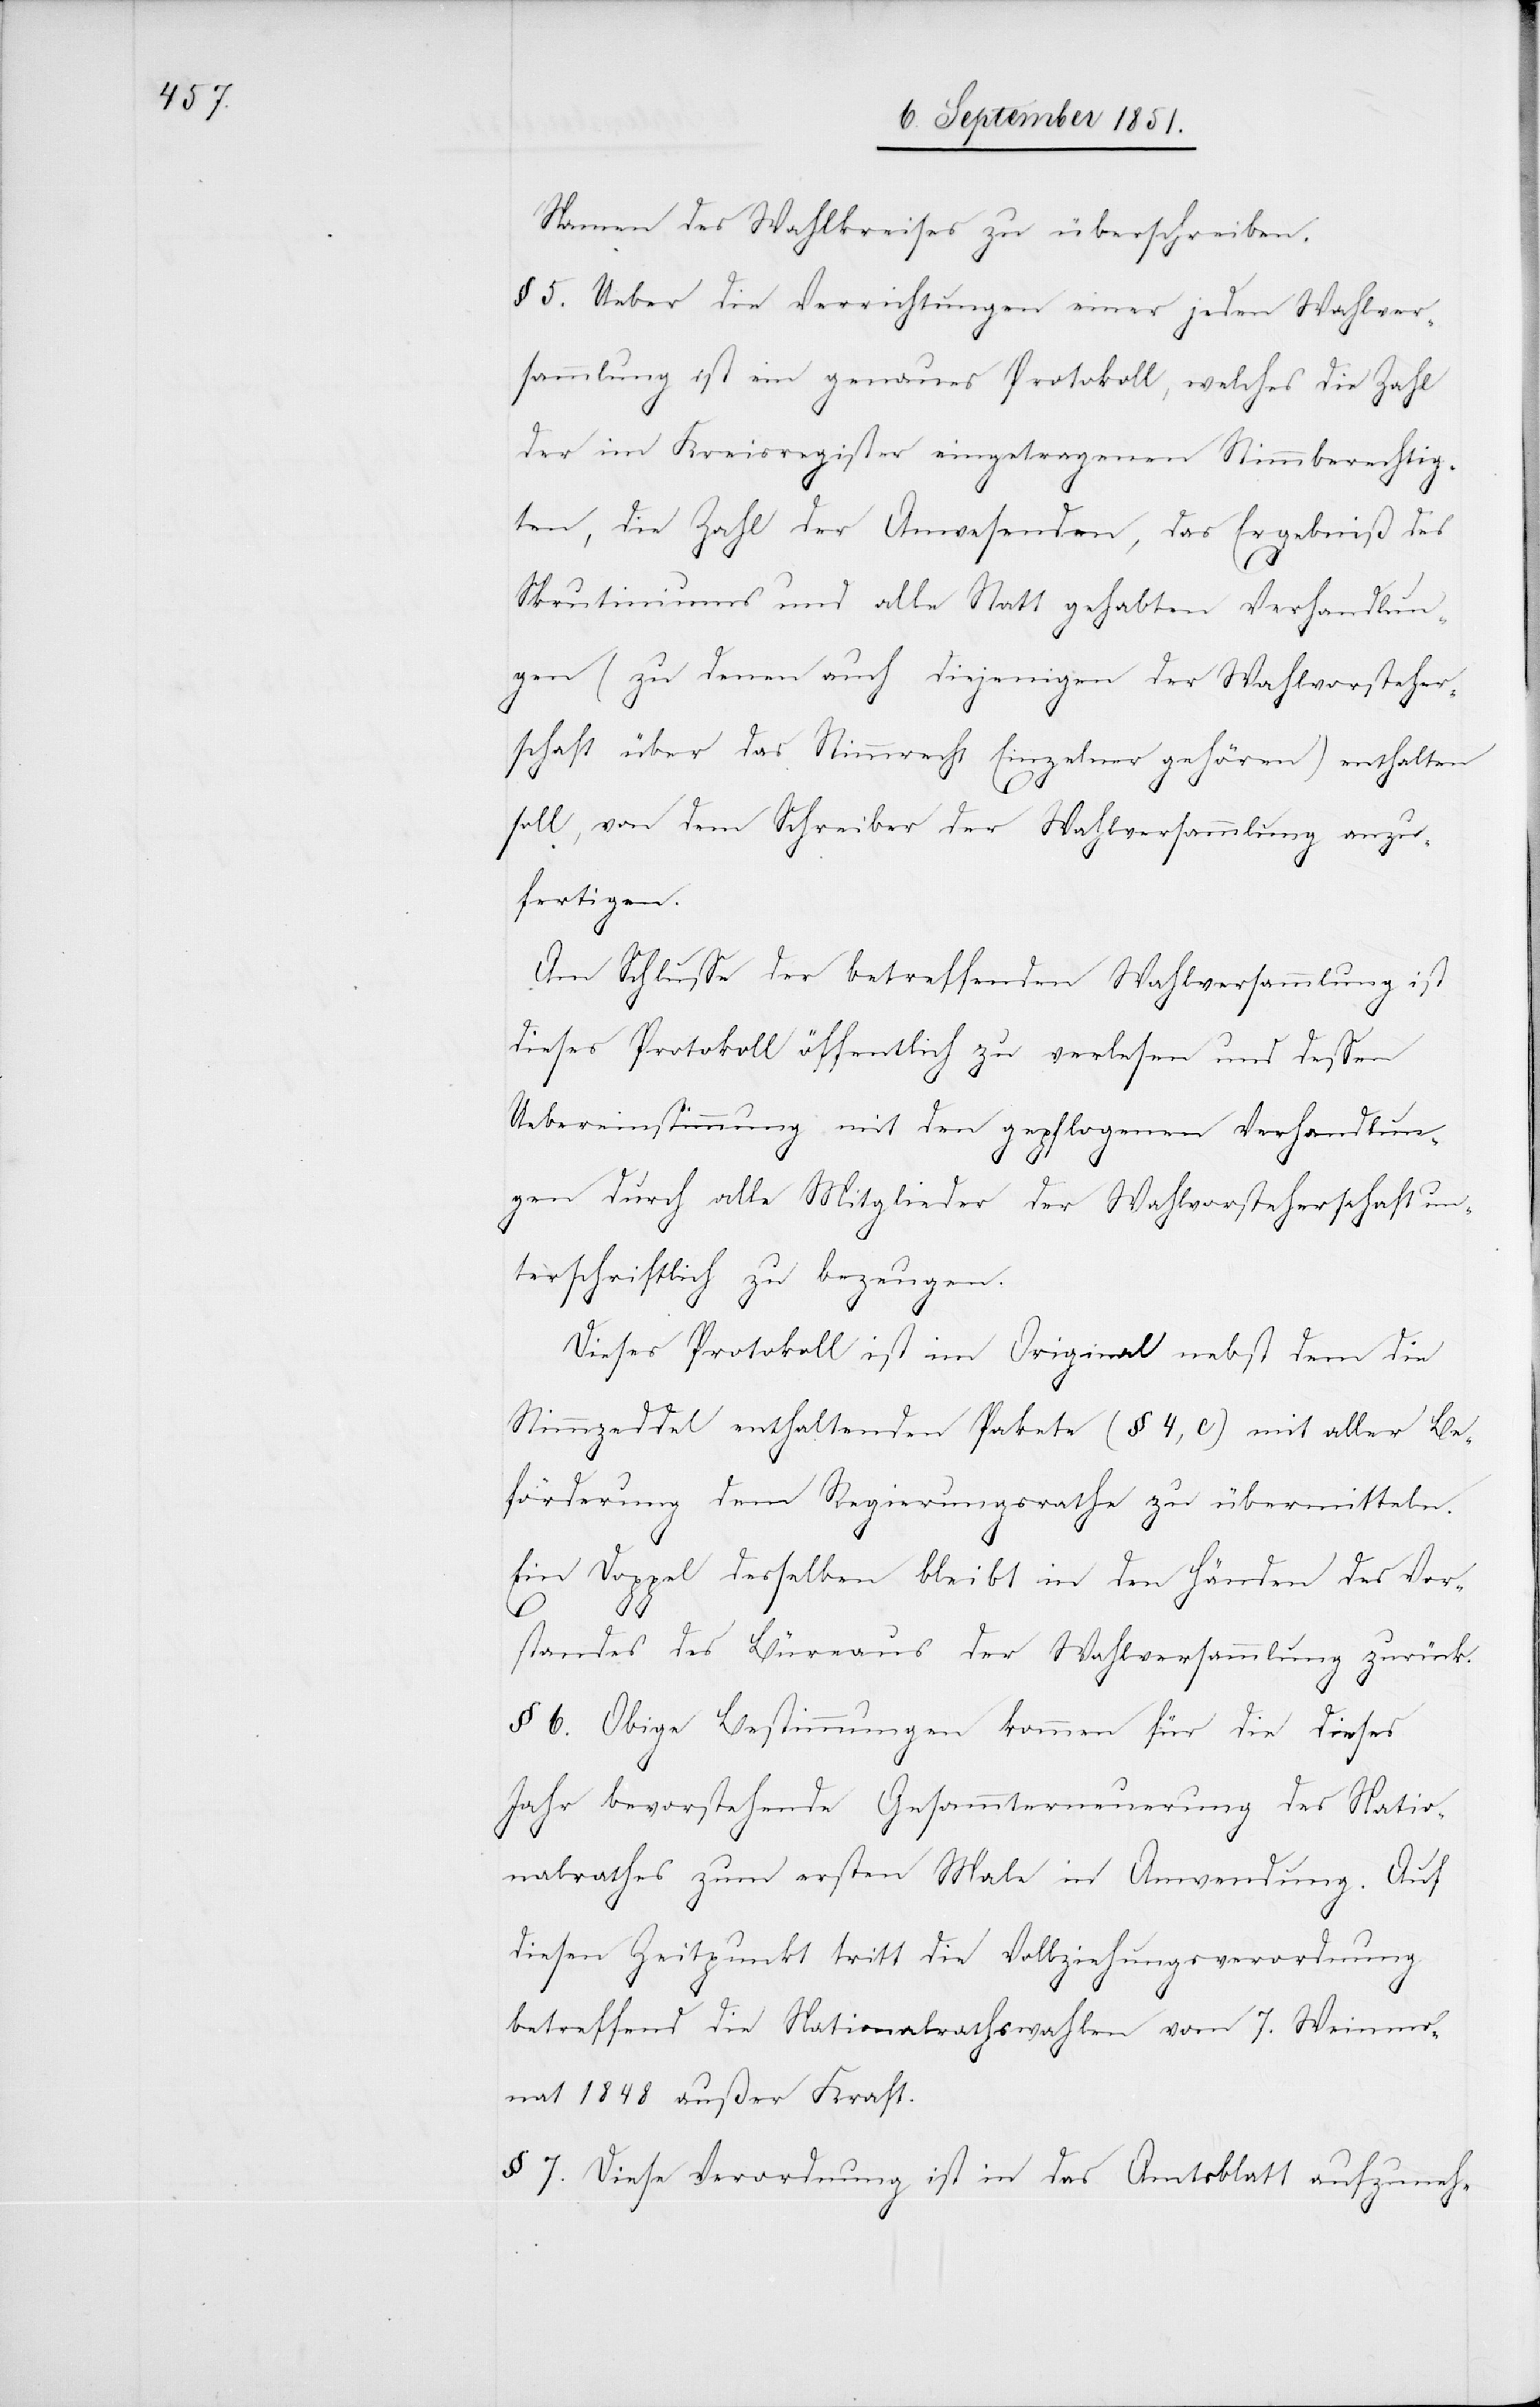
Namen des Wahlkreises zu überschreiben.
§ 5. Ueber die Verrichtungen einer jeden Wahlver¬
sammlung ist ein genaues Protokoll, welches die Zahl
der im Kreisregister eingetragenen Stimmberechtig¬
ten, die Zahl der Anwesenden, das Ergebniß des
Skrutiniums und alle Statt gehabten Verhandlun¬
gen (zu denen auch diejenigen der Wahlvorsteher¬
schaft über das Stimmrecht Einzelner gehören) enthalten
soll, von dem Schreiber der Wahlversammlung anzu¬
fertigen.
Am Schlusse der betreffenden Wahlversammlung ist
dieses Protokoll öffentlich zu verlesen und dessen
Uebereinstimmung mit den gepflogenen Verhandlun¬
gen durch alle Mitglieder der Wahlvorsteherschaft un¬
terschriftlich zu bezeugen.
Dieses Protokoll ist im Original nebst dem die
Stimmzeddel enthaltenden Pakete (§ 4, c) mit aller Be¬
förderung dem Regierungsrathe zu übermitteln.
Ein Doppel desselben bleibt in den Händen des Vor¬
standes des Büreaus der Wahlversammlung zurück.
§ 6. Obige Bestimmungen kommen für die dieses
Jahr bevorstehende Gesammterneuerung des Natio¬
nalrathes zum ersten Male in Anwendung. Auf
diesen Zeitpunkt tritt die Vollziehungsverordnung
betreffend die Nationalrathswahlen vom 7. Weinmo¬
nat 1848 außer Kraft.
§ 7. Diese Verordnung ist in das Amtsblatt aufzuneh-